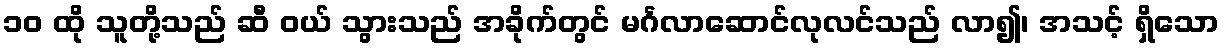
၁၀ ထို သူတို့သည် ဆီ ဝယ် သွားသည် အခိုက်တွင် မင်္ဂလာဆောင်လုလင်သည် လာ၍၊ အသင့် ရှိသော